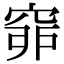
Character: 𥥹